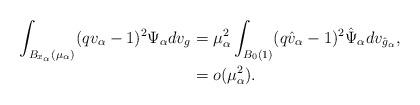
LaTeX: \begin{align*} \int_{B_{x_\alpha}(\mu_\alpha)} (qv_\alpha-1)^2 \Psi_\alpha dv_g & = \mu_\alpha^2 \int_{B_0(1)}(q\hat{v}_\alpha-1)^2 \hat{\Psi}_\alpha dv_{\hat{g}_\alpha},\\ & = o(\mu_\alpha^2). \end{align*}